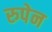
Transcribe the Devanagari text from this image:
रुपेन